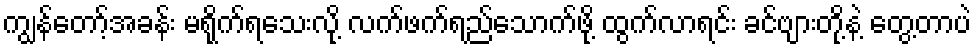
ကျွန်တော့်အခန်း မရိုက်ရသေးလို့ လက်ဖက်ရည်သောက်ဖို့ ထွက်လာရင်း ခင်ဗျားတို့နဲ့ တွေ့တာပဲ